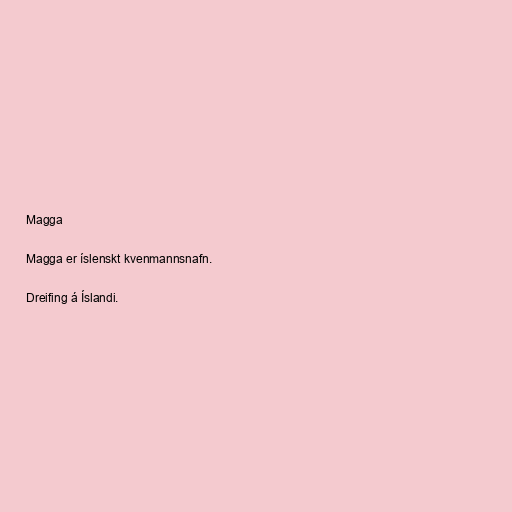
Magga

Magga er íslenskt kvenmannsnafn.

Dreifing á Íslandi.